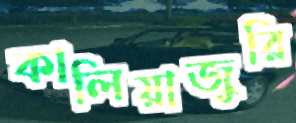
কালিয়াজুরি